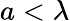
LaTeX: a<\lambda